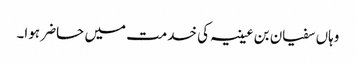
وہاں سفیان بن عیینہ کی خدمت میں حاضر ہوا۔